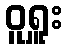
ဝူရှူး